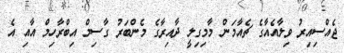
ޖެއްސިއިރު ވިލާއެއާގެ ޗެއާމަން މާމިގިލީ ދާއިރާގެ މެންބަރު ގާސިމް އިބްރާހިމް އާއި އެ